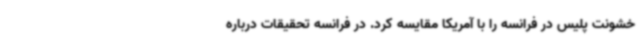
خشونت پلیس در فرانسه را با آمریکا مقایسه کرد. در فرانسه تحقیقات درباره